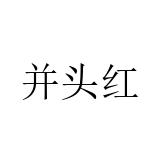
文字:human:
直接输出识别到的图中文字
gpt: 并头红